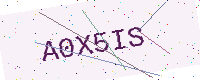
Text: A0X5IS